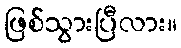
ဖြစ်သွားပြီလား။